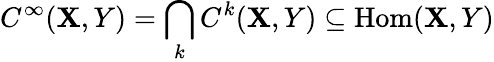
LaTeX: C^{\infty}(\mathbf{X},Y)=\bigcap_{k}C^{k}(\mathbf{X},Y)\subseteq{\mathrm{{Hom}}}(\mathbf{X},Y)